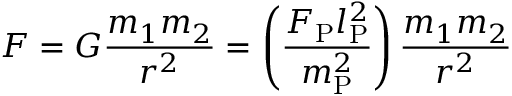
F = G { \frac { m _ { 1 } m _ { 2 } } { r ^ { 2 } } } = \left( { \frac { F _ { \mathrm { P } } l _ { \mathrm { P } } ^ { 2 } } { m _ { \mathrm { P } } ^ { 2 } } } \right) { \frac { m _ { 1 } m _ { 2 } } { r ^ { 2 } } }